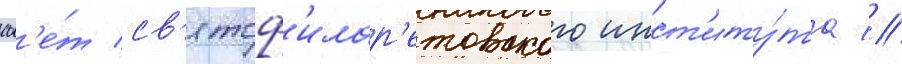
сов'е́т св'ятоф'илар'етовского инст'иту́та //